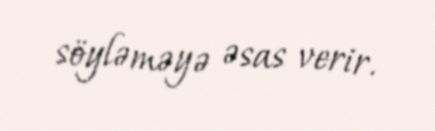
söyləməyə əsas verir.